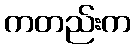
ကတည်းက